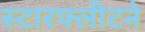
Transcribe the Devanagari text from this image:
स्टारफ्लीटने